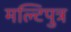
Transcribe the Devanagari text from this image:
मल्टिपुत्र